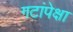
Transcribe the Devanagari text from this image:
गटांपेक्षा